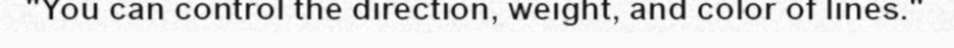
"You can control the direction, weight, and color of lines."